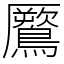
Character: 鷢